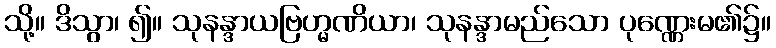
သို့။ ဒိသွာ၊ ၍။ သုနန္ဒာယဗြဟ္မဏိယာ၊ သုနန္ဒာမည်သော ပုဏ္ဏေးမ၏၌။